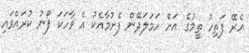
އެރޭ ފަތިހު ތީމުގެ އަށް ހަމަލަދޭން ފެށުމާއެކު އެ ވާހަކަ ފޯނު ކުރައްވައި